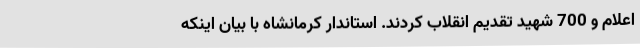
اعلام و 700 شهید تقدیم انقلاب کردند. استاندار کرمانشاه با بیان اینکه